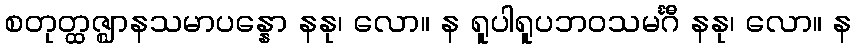
စတုတ္ထဇ္ဈာနသမာပန္နော နနု၊ လော။ န ရူပါရူပဘဝသမင်္ဂီ နနု၊ လော။ န